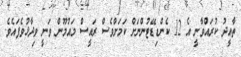
ތާއީދު ކުރައްވާނީ އެ 12 ކެންޑިޑޭޓުންނަށް ކަމަށްވެސް ރައީސް މައުމޫން ވަނީ ވިދާޅުވެފައެވެ.